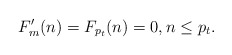
\begin{align*}F'_m(n) =F_{p_t}(n)=0, n \leq p_t.\end{align*}